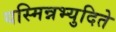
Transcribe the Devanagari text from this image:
यस्मिन्नभ्युदिते